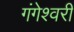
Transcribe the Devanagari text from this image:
गंगेश्वरी